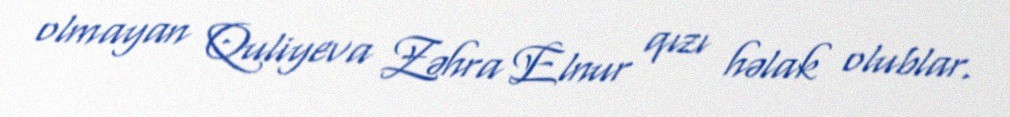
olmayan Quliyeva Zəhra Elnur qızı həlak olublar.